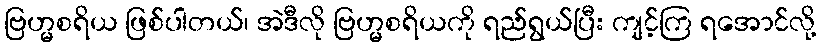
ဗြဟ္မစရိယ ဖြစ်ပါတယ်၊ အဲဒီလို ဗြဟ္မစရိယကို ရည်ရွယ်ပြီး ကျင့်ကြ ရအောင်လို့